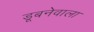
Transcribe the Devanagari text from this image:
डूबनेवाला